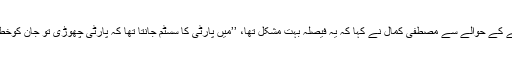
پاکستان چھوڑنے کے حوالے سے مصطفیٰ کمال نے کہا کہ یہ فیصلہ بہت مشکل تھا، ’’میں پارٹی کا سسٹم جانتا تھا کہ پارٹی چھوڑی تو جان کوخطرہ ہو سکتا ہے۔